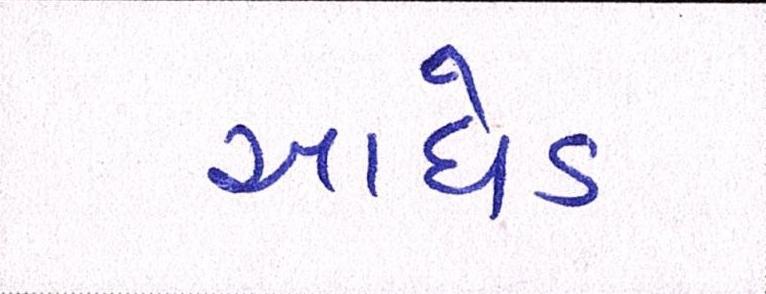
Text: આધેડ